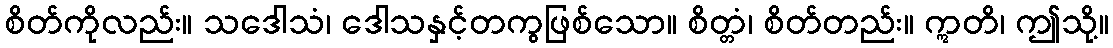
စိတ်ကိုလည်း။ သဒေါသံ၊ ဒေါသနှင့်တကွဖြစ်သော။ စိတ္တံ၊ စိတ်တည်း။ ဣတိ၊ ဤသို့။